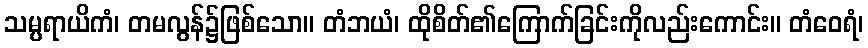
သမ္ပရာယိကံ၊ တမလွန်၌ဖြစ်သော။ တံဘယံ၊ ထိုစိတ်၏ကြောက်ခြင်းကိုလည်းကောင်း။ တံဝေရံ၊